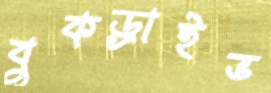
বুকড্রাইভ